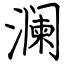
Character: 澜